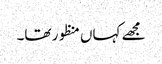
مجھے کہاں منظور تھا۔